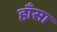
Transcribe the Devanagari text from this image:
हाँसा